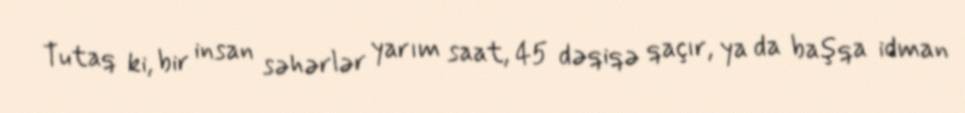
Tutaq ki, bir insan səhərlər yarım saat, 45 dəqiqə qaçır, ya da başqa idman